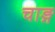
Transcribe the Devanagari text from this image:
चाङ्ग